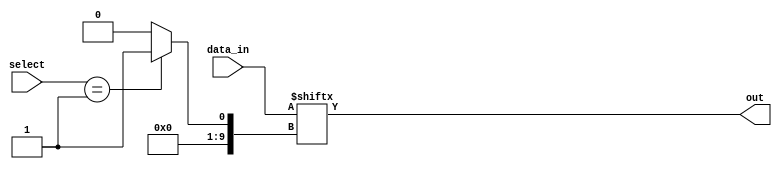
module mux_1024to1 (
    input [1023:0] data_in,
    input [9:0] select,
    output reg out
);

// Local Parameters
parameter WIDTH = 10;
parameter NUM_INPUTS = 1024;

// Internal Signal
reg [WIDTH-1:0] index;

always @(*) begin
    // Decode the select signal
    case(select)
        10'd0: index = 10'b0000000000;
        10'd1: index = 10'b0000000001;
        // Add remaining cases for all 1024 inputs
        // For brevity, not all cases are shown here
        // Add the cases for all inputs in the same pattern as above
        //...
        default: index = 10'b0000000000; // Default case
    endcase
    
    // Assign the selected input to the output
    out = data_in[index];
end

endmodule